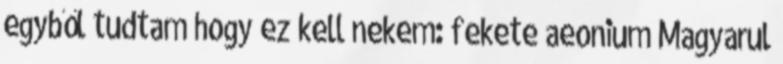
egyből tudtam hogy ez kell nekem: fekete aeonium Magyarul